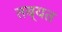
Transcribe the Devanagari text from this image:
तब्यत